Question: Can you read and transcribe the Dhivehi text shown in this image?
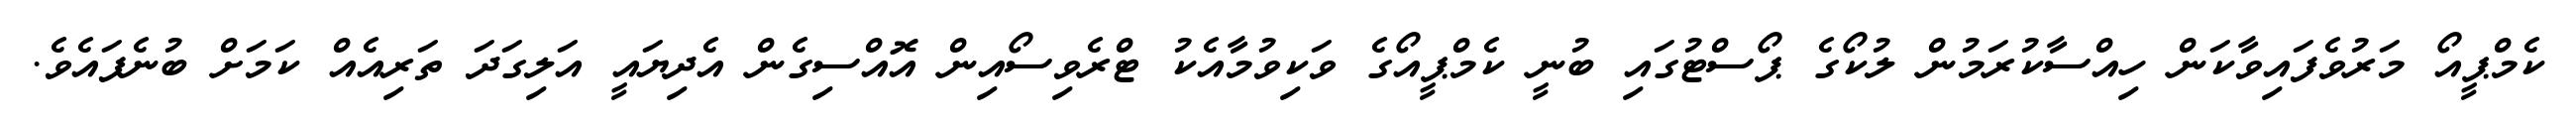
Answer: ކެމްޕީއޯ މަރުވެފައިވާކަން ހިއްސާކުރަމުން ލުކޯގެ ޕޯސްޓުގައި ބުނީ ކެމްޕީއޯގެ ވަކިވުމާއެކު ޓްރެވިސޯއިން އޮއްސިގެން އެދިޔައީ އަލިގަދަ ތަރިއެއް ކަމަށް ބުނެފައެވެ.